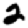
Digit: 2